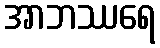
အာဘဿရေ